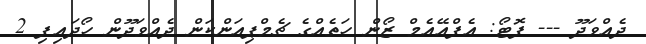
ދެއްވަދޫ --- ފޮޓޯ: އެފްއޭއެމް ޒޯން ހަތެއްގެ ޗެމްޕިއަންކަން ދެއްވަދޫން ހޯދައިފި 2